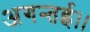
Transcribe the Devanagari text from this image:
अगन्‍तई।।